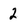
Character: 2